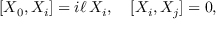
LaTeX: [ X _ { 0 } , X _ { i } ] = i \ell \, X _ { i } , \quad [ X _ { i } , X _ { j } ] = 0 ,